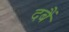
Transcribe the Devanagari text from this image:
दबैं